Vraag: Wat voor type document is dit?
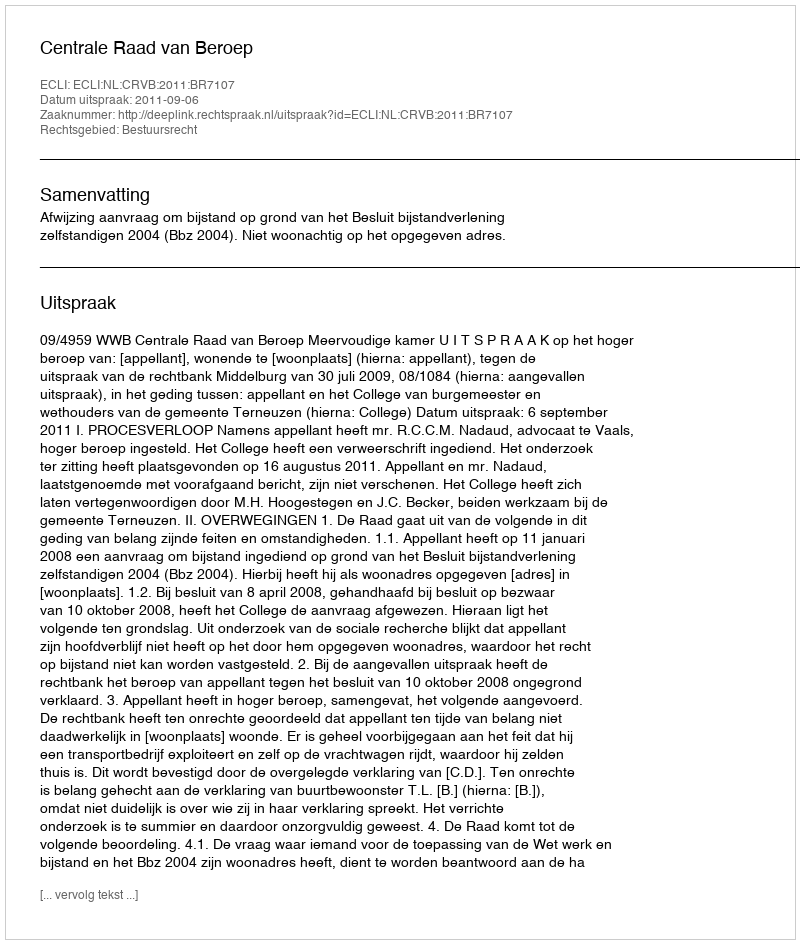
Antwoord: Uitspraak